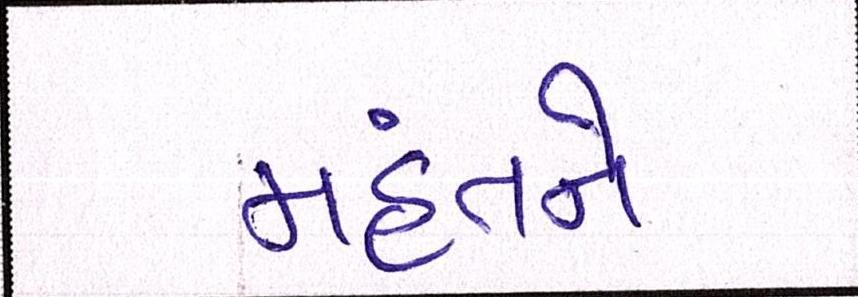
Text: મહંતને